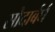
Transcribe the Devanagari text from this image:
सोदार्बर्घ